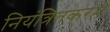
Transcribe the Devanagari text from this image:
नियंत्रितकरने